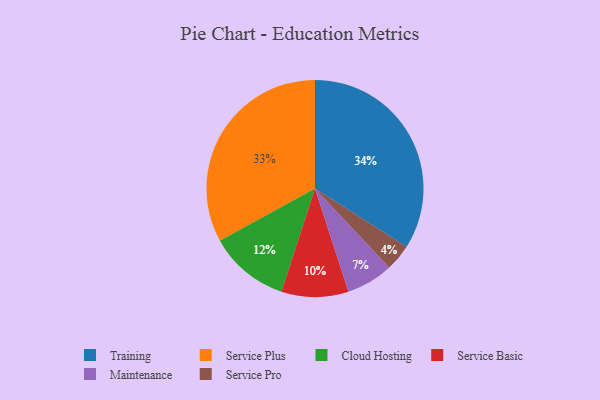
{"axis": {"x": "Category", "y": "Percentage"}, "legend": ["Cloud Hosting", "Maintenance", "Service Basic", "Service Plus", "Service Pro", "Training"], "data": [{"x": "Training", "y": 34, "type": "Training"}, {"x": "Service Pro", "y": 4, "type": "Service Pro"}, {"x": "Cloud Hosting", "y": 12, "type": "Cloud Hosting"}, {"x": "Service Basic", "y": 10, "type": "Service Basic"}, {"x": "Maintenance", "y": 7, "type": "Maintenance"}, {"x": "Service Plus", "y": 33, "type": "Service Plus"}]}